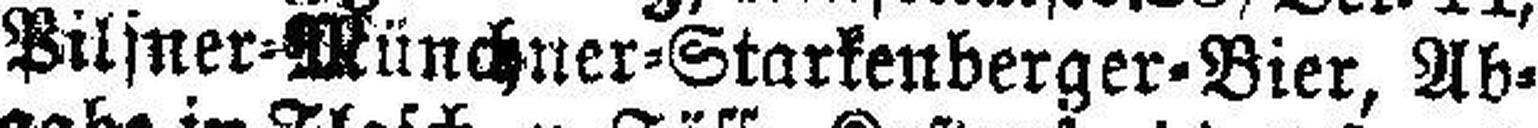
Pilsner=Münchner=Starkenberger=Bier, Ab¬